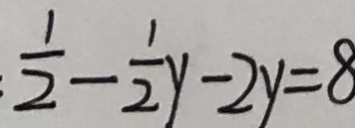
\frac { 1 } { 2 } - \frac { 1 } { 2 } y - 2 y = 8